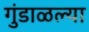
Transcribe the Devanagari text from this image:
गुंडाळल्या